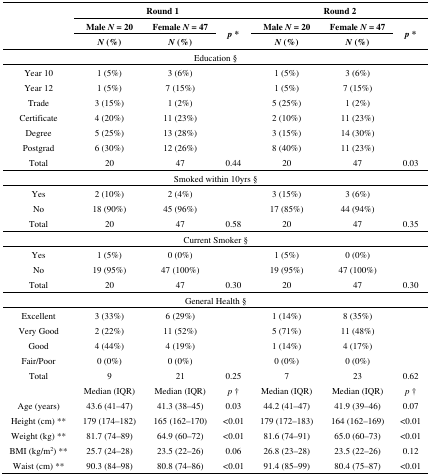
<table><thead><tr><td rowspan="3"></td><td colspan="3"><b>Round 1</b></td><td colspan="3"><b>Round 2</b></td></tr><tr><td><b>Male <i>N</i> = 20</b></td><td><b>Female <i>N</i> = 47</b></td><td rowspan="2"><b><i>p</i> *</b></td><td><b>Male <i>N</i> = 20</b></td><td><b>Female <i>N</i> = 47</b></td><td rowspan="2"><b><i>p</i> *</b></td></tr><tr><td><b><i>N</i> (%)</b></td><td><b><i>N</i> (%)</b></td><td><b><i>N</i> (%)</b></td><td><b><i>N</i> (%)</b></td></tr></thead><tbody><tr><td colspan="7">Education §</td></tr><tr><td>Year 10</td><td>1 (5%)</td><td>3 (6%)</td><td></td><td>1 (5%)</td><td>3 (6%)</td><td></td></tr><tr><td>Year 12</td><td>1 (5%)</td><td>7 (15%)</td><td></td><td>1 (5%)</td><td>7 (15%)</td><td></td></tr><tr><td>Trade</td><td>3 (15%)</td><td>1 (2%)</td><td></td><td>5 (25%)</td><td>1 (2%)</td><td></td></tr><tr><td>Certificate</td><td>4 (20%)</td><td>11 (23%)</td><td></td><td>2 (10%)</td><td>11 (23%)</td><td></td></tr><tr><td>Degree</td><td>5 (25%)</td><td>13 (28%)</td><td></td><td>3 (15%)</td><td>14 (30%)</td><td></td></tr><tr><td>Postgrad</td><td>6 (30%)</td><td>12 (26%)</td><td></td><td>8 (40%)</td><td>11 (23%)</td><td></td></tr><tr><td>Total</td><td>20</td><td>47</td><td>0.44</td><td>20</td><td>47</td><td>0.03</td></tr><tr><td colspan="7">Smoked within 10yrs §</td></tr><tr><td>Yes</td><td>2 (10%)</td><td>2 (4%)</td><td></td><td>3 (15%)</td><td>3 (6%)</td><td></td></tr><tr><td>No</td><td>18 (90%)</td><td>45 (96%)</td><td></td><td>17 (85%)</td><td>44 (94%)</td><td></td></tr><tr><td>Total</td><td>20</td><td>47</td><td>0.58</td><td>20</td><td>47</td><td>0.35</td></tr><tr><td colspan="7">Current Smoker §</td></tr><tr><td>Yes</td><td>1 (5%)</td><td>0 (0%)</td><td></td><td>1 (5%)</td><td>0 (0%)</td><td></td></tr><tr><td>No</td><td>19 (95%)</td><td>47 (100%)</td><td></td><td>19 (95%)</td><td>47 (100%)</td><td></td></tr><tr><td>Total</td><td>20</td><td>47</td><td>0.30</td><td>20</td><td>47</td><td>0.30</td></tr><tr><td colspan="7">General Health §</td></tr><tr><td>Excellent</td><td>3 (33%)</td><td>6 (29%)</td><td></td><td>1 (14%)</td><td>8 (35%)</td><td></td></tr><tr><td>Very Good</td><td>2 (22%)</td><td>11 (52%)</td><td></td><td>5 (71%)</td><td>11 (48%)</td><td></td></tr><tr><td>Good</td><td>4 (44%)</td><td>4 (19%)</td><td></td><td>1 (14%)</td><td>4 (17%)</td><td></td></tr><tr><td>Fair/Poor</td><td>0 (0%)</td><td>0 (0%)</td><td></td><td>0 (0%)</td><td>0 (0%)</td><td></td></tr><tr><td>Total</td><td>9</td><td>21</td><td>0.25</td><td>7</td><td>23</td><td>0.62</td></tr><tr><td></td><td>Median (IQR)</td><td>Median (IQR)</td><td><i>p</i> †</td><td>Median (IQR)</td><td>Median (IQR)</td><td><i>p</i> †</td></tr><tr><td>Age (years)</td><td>43.6 (41–47)</td><td>41.3 (38–45)</td><td>0.03</td><td>44.2 (41–47)</td><td>41.9 (39–46)</td><td>0.07</td></tr><tr><td>Height (cm) **</td><td>179 (174–182)</td><td>165 (162–170)</td><td>&lt;0.01</td><td>179 (172–183)</td><td>164 (162–169)</td><td>&lt;0.01</td></tr><tr><td>Weight (kg) **</td><td>81.7 (74–89)</td><td>64.9 (60–72)</td><td>&lt;0.01</td><td>81.6 (74–91)</td><td>65.0 (60–73)</td><td>&lt;0.01</td></tr><tr><td>BMI (kg/m<sup>2</sup>) **</td><td>25.7 (24–28)</td><td>23.5 (22–26)</td><td>0.06</td><td>26.8 (23–28)</td><td>23.5 (22–26)</td><td>0.12</td></tr><tr><td>Waist (cm) **</td><td>90.3 (84–98)</td><td>80.8 (74–86)</td><td>&lt;0.01</td><td>91.4 (85–99)</td><td>80.4 (75–87)</td><td>&lt;0.01</td></tr></tbody></table>